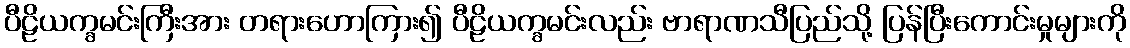
ပီဠိယက္ခမင်းကြီးအား တရားဟောကြား၍ ပီဠိယက္ခမင်းလည်း ဗာရာဏသီပြည်သို့ ပြန်ပြီးကောင်းမှုများကို